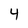
Character: 4